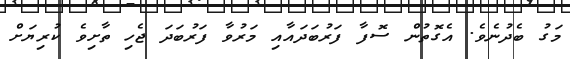
މަގު ބެދުނެވެ. އެގޮތުން ސޮފާ ފަރުބަދައާއި މަރުވާ ފަރުބަދަ ޖެހި ތާށިވެ ކުރިޔަށް